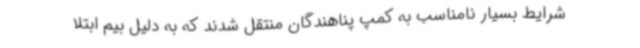
شرایط بسیار نامناسب به کمپ پناهندگان منتقل شدند که به دلیل بیم ابتلا